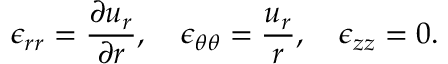
\epsilon _ { r r } = \frac { \partial u _ { r } } { \partial r } , \quad \epsilon _ { \theta \theta } = \frac { u _ { r } } { r } , \quad \epsilon _ { z z } = 0 .